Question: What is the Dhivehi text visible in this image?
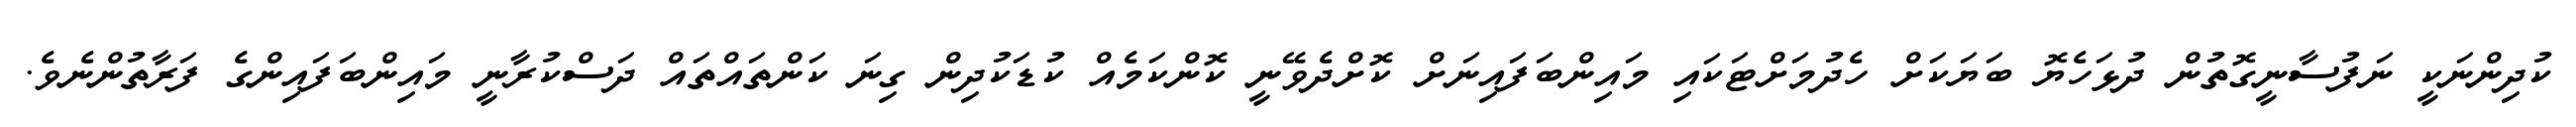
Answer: ކުދިންނަކީ ނަފުސާނީގޮތުން ދުޅަހެޔޮ ބަޔަކަށް ހެދުމަށްޓަކައި މައިންބަފައިނަށް ކޮށްދެވޭނީ ކޮންކަމެއް ކުޑަކުދިން ގިނަ ކަންތައްތައް ދަސްކުރާނީ މައިންބަފައިންގެ ފަރާތުންނެވެ.